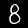
Label: 8